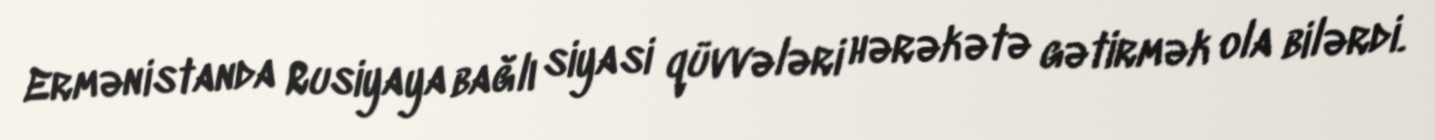
Ermənistanda Rusiyaya bağlı siyasi qüvvələri hərəkətə gətirmək ola bilərdi.